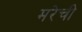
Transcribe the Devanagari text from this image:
मरेची